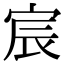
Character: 宸